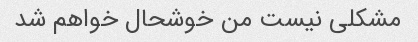
مشکلی نیست من خوشحال خواهم شد